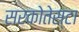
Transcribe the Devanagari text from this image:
सरकोतेस्टा